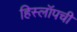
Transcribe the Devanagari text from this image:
हिस्लॉपची